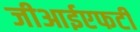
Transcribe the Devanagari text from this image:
जीआईएफटी